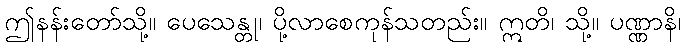
ဤနန်းတော်သို့။ ပေသေန္တု၊ ပို့လာစေကုန်သတည်း။ ဣတိ၊ သို့။ ပဏ္ဏာနိ၊